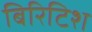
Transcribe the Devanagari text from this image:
बिरिटिश